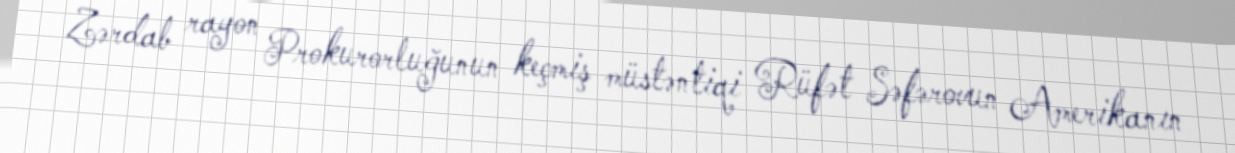
Zərdab rayon Prokurorluğunun keçmiş müstəntiqi Rüfət Səfərovun Amerikanın